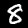
Digit: 8